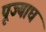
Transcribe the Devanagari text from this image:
पूज्याघं